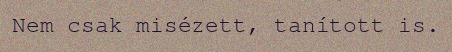
Nem csak misézett, tanított is.